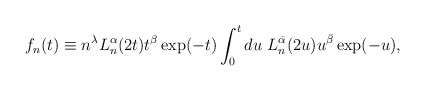
\begin{align*}f_{n}(t)\equiv n^{\lambda} L_{n}^{\alpha}(2t) t^{\beta} \exp(-t) \int_{0}^{t}du \ L_{n}^{\bar{\alpha}}(2u) u^{\bar{\beta}} \exp(-u),\end{align*}